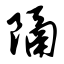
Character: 隔